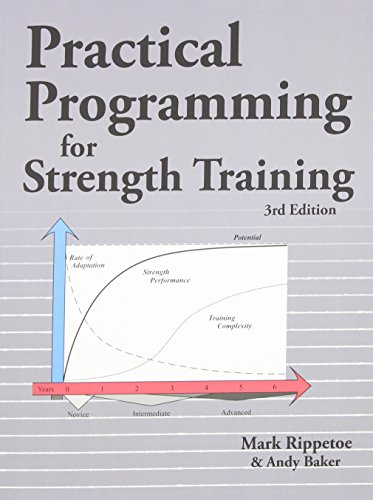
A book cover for Practical Programming for Strength Training; Mark Rippetoe; Health, Fitness & Dieting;